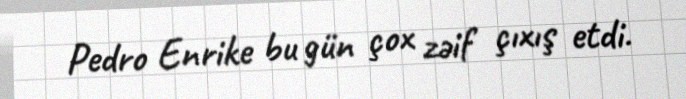
Pedro Enrike bu gün çox zəif çıxış etdi.